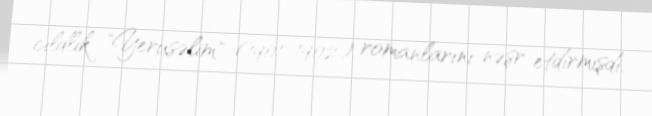
cildlik "Yerusəlim" (1901-1902) romanlarını nəşr etdirmişdi.